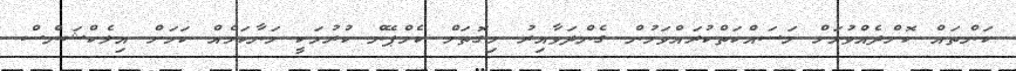
ކަންތައް ކޮށްދެއްވުމަށް މަސައްކަތްކުރައްވަމުން ގެންދަވާއިރު މިގޮތަށް ކެމްޕޭން ކުރުމަކީ މަނާކަމެއް ކަމަށް އިލެކްޝަންސް